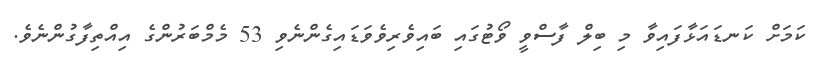
ކަމަށް ކަނޑައަޅާފައިވާ މި ބިލް ފާސްވީ ވޯޓުގައި ބައިވެރިވެވަޑައިގެންނެވި 53 މެމްބަރުންގެ އިއްތިފާގުންނެވެ.